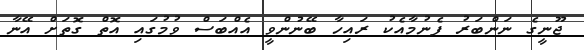
ޖޫނީގެ ނަންބަރު ފެނުމާއެކު ރައިހާ ބޭނުންވީ އެއްބަސް ވުމުގައި އޮތް ގޮތަށް އޭނާ